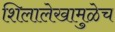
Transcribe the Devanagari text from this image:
शिलालेखामुळेच